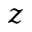
z